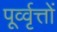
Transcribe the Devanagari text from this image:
पूर्व्वृत्तों